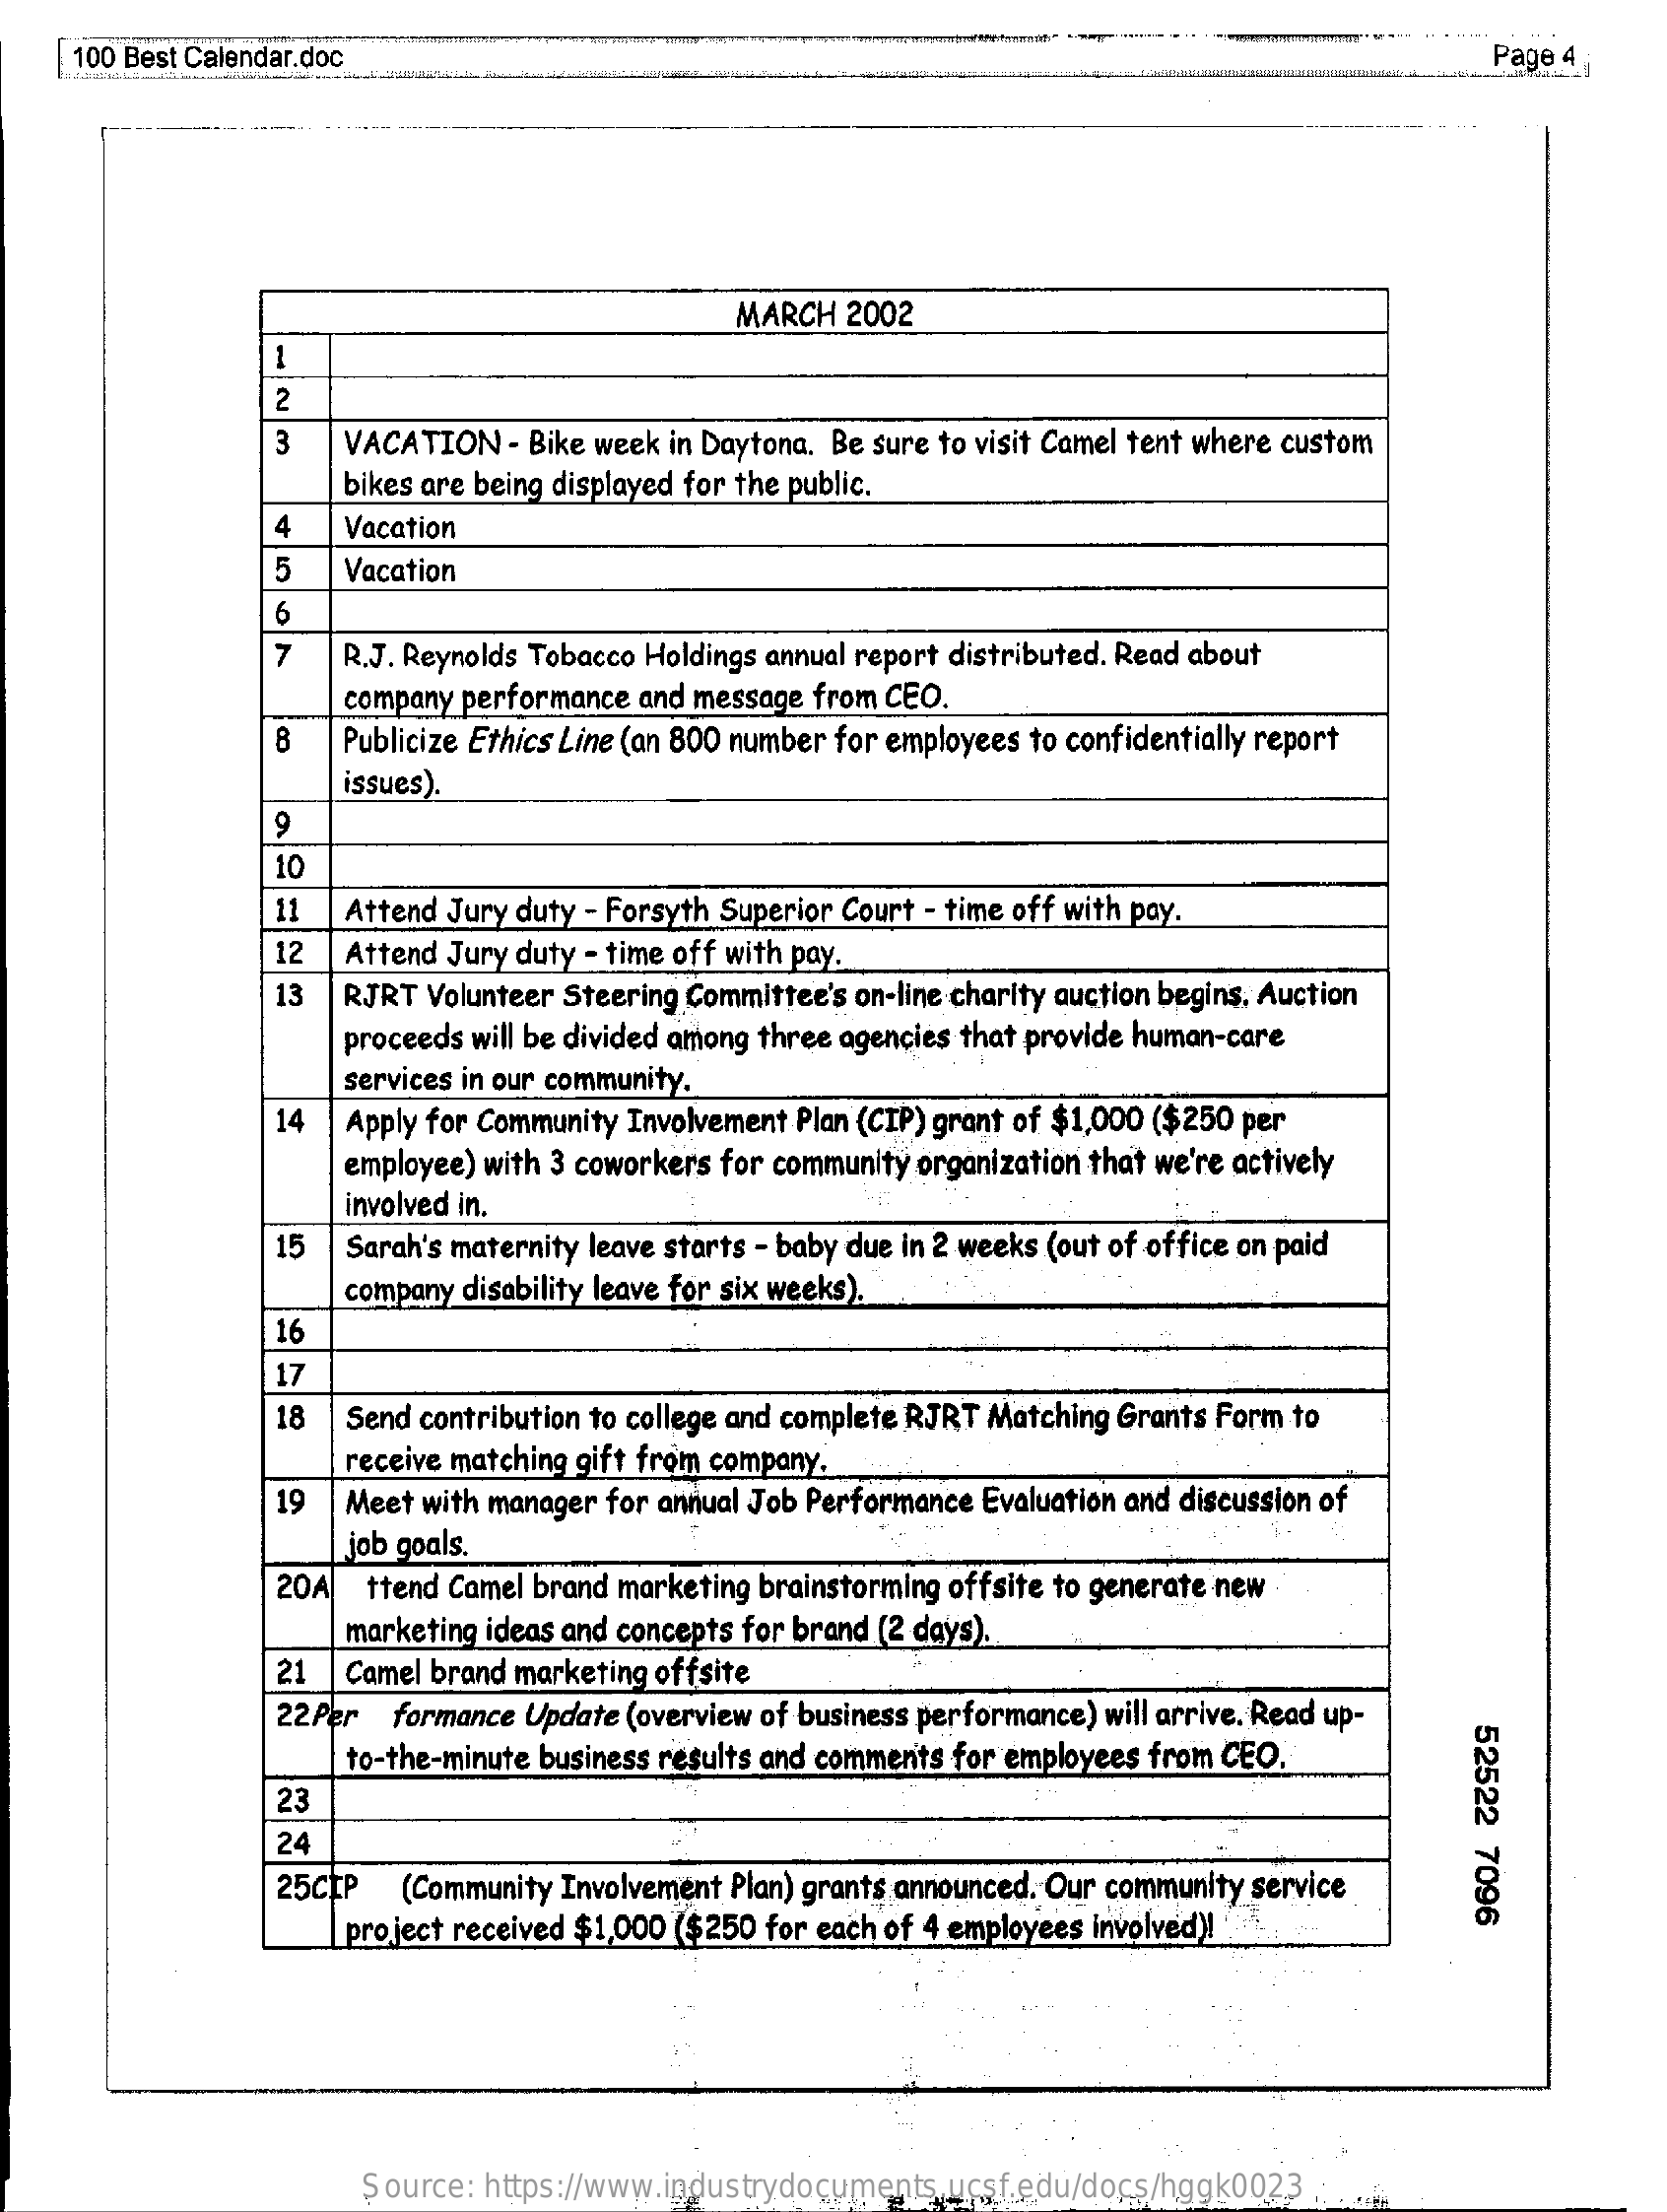
100 Best Calendar.doc    Page 4;
     MARCH  2002
     1
     2
     VACATION  - Bike week in Daytona. Be sure to visit Camel tent where custom
     bikes are being displayed for the public.
     4   Vacation
     Vacation
     6
     7   R.J. Reynolds Tobacco Holdings annual report distributed. Read about
     company performance and message from CEO.
     8   Publicize Ethics Line (an 800 number for employees to confidentially report
     issues).
     10
     11  Attend Jury duty - Forsyth Superior Court - time off with pay.
     12  Attend Jury duty - time off with pay.
     13  RJRT Volunteer Steering Committee's on-line charity auction begins. Auction
     proceeds will be divided among three agencies that provide human-care
     services in our community.
     14  Apply for Community Involvement Plan (CIP) grant of $1,000 ($250 per
     employee) with 3 coworkers for community organization that we're actively
     involved in.
     15  Sarah's maternity leave starts - baby due in 2 weeks (out of office on paid
     company disability leave for six weeks).
     16
     17
     18  Send contribution to college and complete RJRT Matching Grants Form to
     receive matching gift from company.
     19  Meet with manager for annual Job Performance Evaluation and discussion of
     job goals.
     20A  ttend Camel brand marketing brainstorming offsite to generate new
     marketing ideas and concepts for brand (2 days).
     21  Camel brand marketing offsite
     22Per  formance Update (overview of business performance) will arrive. Read up-
     52522
     7096
     to-the-minute business results and comments for employees from CEO.
     23
     24
     25CEP  (Community Involvement Plan) grants announced. Our community service
     project received $1,000 ($250 for each of 4 employees involved)!
     Source: https://www.industrydocuments.ucsf.edu/docs/hggk0023